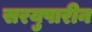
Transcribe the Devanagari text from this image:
सरयुपारीन